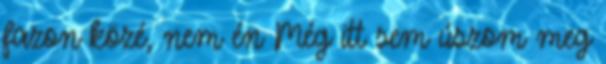
fazon közé, nem én Még itt sem úszom meg